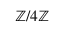
\mathbb { Z } / 4 \mathbb { Z }